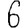
Digit: 6